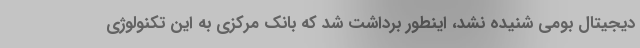
دیجیتال بومی شنیده نشد، اینطور برداشت شد که بانک مرکزی به این تکنولوژی